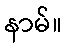
နာမ်။